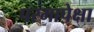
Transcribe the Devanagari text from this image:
परमापेक्षा